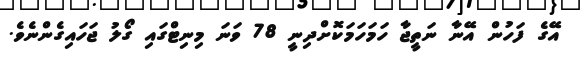
އޭގެ ފަހުން އޭނާ ނަތީޖާ ހަމަހަމަކޮށްދިނީ 78 ވަނަ މިނިޓްގައި ގޯލު ޖަހައިގެންނެވެ.